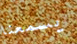
يسمعنا